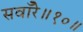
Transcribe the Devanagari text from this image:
सवाँरे॥१०॥